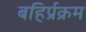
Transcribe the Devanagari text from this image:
बहिर्प्रक्रम